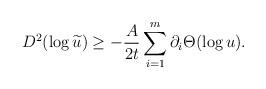
LaTeX: \begin{align*}D^2(\log \widetilde{u}) \geq - \frac{A}{2t} \sum_{i = 1}^m \partial_i \Theta(\log u).\end{align*}